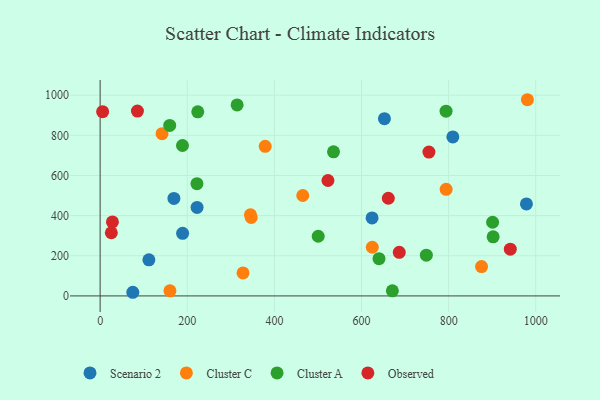
{"axis": {"x": "Distance", "y": "Profit"}, "legend": ["Cluster A", "Cluster C", "Observed", "Scenario 2"], "data": [{"x": "652.6", "y": 882.8, "type": "Scenario 2"}, {"x": "189.3", "y": 311.6, "type": "Scenario 2"}, {"x": "111.9", "y": 179.8, "type": "Scenario 2"}, {"x": "75.0", "y": 18.1, "type": "Scenario 2"}, {"x": "978.5", "y": 458.0, "type": "Scenario 2"}, {"x": "624.2", "y": 388.3, "type": "Scenario 2"}, {"x": "809.6", "y": 792.1, "type": "Scenario 2"}, {"x": "169.3", "y": 485.8, "type": "Scenario 2"}, {"x": "222.5", "y": 440.6, "type": "Scenario 2"}, {"x": "378.9", "y": 745.2, "type": "Cluster C"}, {"x": "624.7", "y": 242.4, "type": "Cluster C"}, {"x": "345.0", "y": 404.3, "type": "Cluster C"}, {"x": "142.1", "y": 808.2, "type": "Cluster C"}, {"x": "160.2", "y": 25.5, "type": "Cluster C"}, {"x": "465.1", "y": 500.1, "type": "Cluster C"}, {"x": "875.5", "y": 146.1, "type": "Cluster C"}, {"x": "346.8", "y": 390.5, "type": "Cluster C"}, {"x": "980.7", "y": 977.3, "type": "Cluster C"}, {"x": "794.2", "y": 531.2, "type": "Cluster C"}, {"x": "328.0", "y": 114.7, "type": "Cluster C"}, {"x": "500.6", "y": 297.2, "type": "Cluster A"}, {"x": "902.1", "y": 294.2, "type": "Cluster A"}, {"x": "640.1", "y": 185.5, "type": "Cluster A"}, {"x": "314.4", "y": 951.6, "type": "Cluster A"}, {"x": "748.8", "y": 203.1, "type": "Cluster A"}, {"x": "224.1", "y": 917.1, "type": "Cluster A"}, {"x": "900.9", "y": 367.0, "type": "Cluster A"}, {"x": "794.0", "y": 920.3, "type": "Cluster A"}, {"x": "159.7", "y": 849.2, "type": "Cluster A"}, {"x": "222.2", "y": 559.0, "type": "Cluster A"}, {"x": "189.0", "y": 749.2, "type": "Cluster A"}, {"x": "670.8", "y": 25.3, "type": "Cluster A"}, {"x": "535.7", "y": 718.0, "type": "Cluster A"}, {"x": "28.2", "y": 368.5, "type": "Observed"}, {"x": "522.9", "y": 574.9, "type": "Observed"}, {"x": "5.7", "y": 917.6, "type": "Observed"}, {"x": "661.5", "y": 486.5, "type": "Observed"}, {"x": "85.6", "y": 920.9, "type": "Observed"}, {"x": "941.5", "y": 232.8, "type": "Observed"}, {"x": "754.7", "y": 716.4, "type": "Observed"}, {"x": "686.6", "y": 217.0, "type": "Observed"}, {"x": "25.7", "y": 314.6, "type": "Observed"}]}